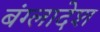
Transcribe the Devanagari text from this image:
बंग्‍लादेश